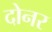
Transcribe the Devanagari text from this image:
दोनर